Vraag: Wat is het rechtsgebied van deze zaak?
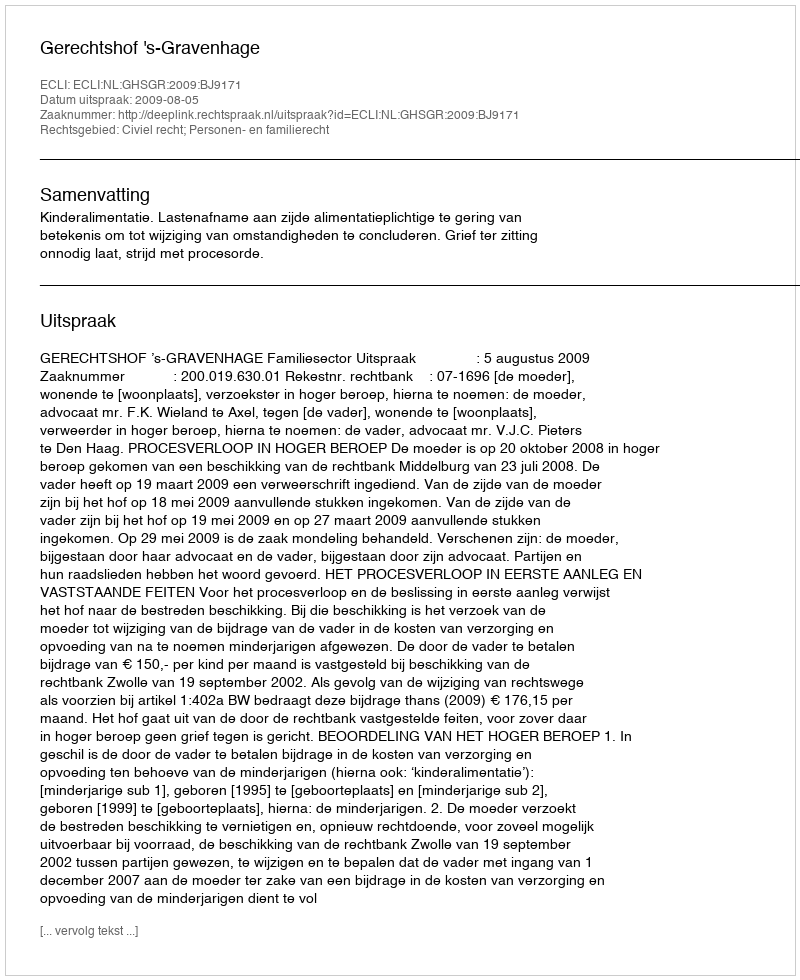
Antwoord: Civiel recht; Personen- en familierecht